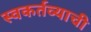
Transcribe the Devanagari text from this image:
स्वकर्तव्याची